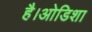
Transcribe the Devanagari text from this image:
है।ओडिशा